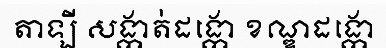
តាឡី សង្កាត់ដង្កោ ខណ្ឌដង្កោ